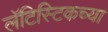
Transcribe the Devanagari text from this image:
लॅटिस्टिकच्या